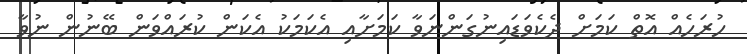
ހުރަހެއް އޮތް ކަމަށް ދެކެވަޑައިނުގަންނަވާ ކަމަށާއި އެކަމަކު އެކަން ކުރައްވަން ބޭނުން ނުވާ